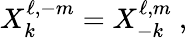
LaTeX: X_{k}^{\ell,-m}=X_{-k}^{\ell,m}\ ,